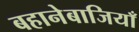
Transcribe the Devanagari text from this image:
बहानेबाजियाँ